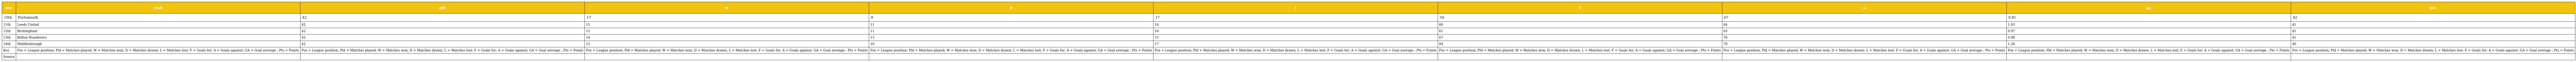
| pos | club | pld | w | d | l | f | a | ga | pts |
 | --- | --- | --- | --- | --- | --- | --- | --- | --- | --- |
 | 10th | Portsmouth | 42 | 17 | 8 | 17 | 54 | 67 | 0.81 | 42 |
 | 11th | Leeds United | 42 | 15 | 11 | 16 | 66 | 64 | 1.03 | 41 |
 | 12th | Birmingham | 42 | 15 | 11 | 16 | 61 | 63 | 0.97 | 41 |
 | 13th | Bolton Wanderers | 42 | 14 | 13 | 15 | 67 | 76 | 0.88 | 41 |
 | 14th | Middlesbrough | 42 | 15 | 10 | 17 | 84 | 70 | 1.20 | 40 |
 | Key | Pos = League position; Pld = Matches played; W = Matches won; D = Matches drawn; L = Matches lost; F = Goals for; A = Goals against; GA = Goal average ; Pts = Points | Pos = League position; Pld = Matches played; W = Matches won; D = Matches drawn; L = Matches lost; F = Goals for; A = Goals against; GA = Goal average ; Pts = Points | Pos = League position; Pld = Matches played; W = Matches won; D = Matches drawn; L = Matches lost; F = Goals for; A = Goals against; GA = Goal average ; Pts = Points | Pos = League position; Pld = Matches played; W = Matches won; D = Matches drawn; L = Matches lost; F = Goals for; A = Goals against; GA = Goal average ; Pts = Points | Pos = League position; Pld = Matches played; W = Matches won; D = Matches drawn; L = Matches lost; F = Goals for; A = Goals against; GA = Goal average ; Pts = Points | Pos = League position; Pld = Matches played; W = Matches won; D = Matches drawn; L = Matches lost; F = Goals for; A = Goals against; GA = Goal average ; Pts = Points | Pos = League position; Pld = Matches played; W = Matches won; D = Matches drawn; L = Matches lost; F = Goals for; A = Goals against; GA = Goal average ; Pts = Points | Pos = League position; Pld = Matches played; W = Matches won; D = Matches drawn; L = Matches lost; F = Goals for; A = Goals against; GA = Goal average ; Pts = Points | Pos = League position; Pld = Matches played; W = Matches won; D = Matches drawn; L = Matches lost; F = Goals for; A = Goals against; GA = Goal average ; Pts = Points |
 | Source |  |  |  |  |  |  |  |  |  |